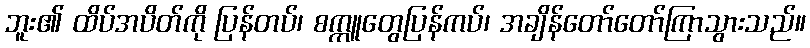
ဘူး၏ ထိပ်အပိတ်ကို ပြန်တပ်၊ စက္ကူတွေပြန်ကပ်၊ အချိန်တော်တော်ကြာသွားသည်။